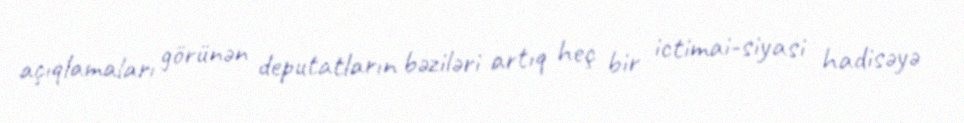
açıqlamaları görünən deputatların bəziləri artıq heç bir ictimai-siyasi hadisəyə